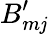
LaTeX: B_{m\mathit{j}}^{\prime}